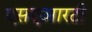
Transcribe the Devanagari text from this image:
एसएआरटी